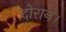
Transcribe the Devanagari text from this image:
दोरान।